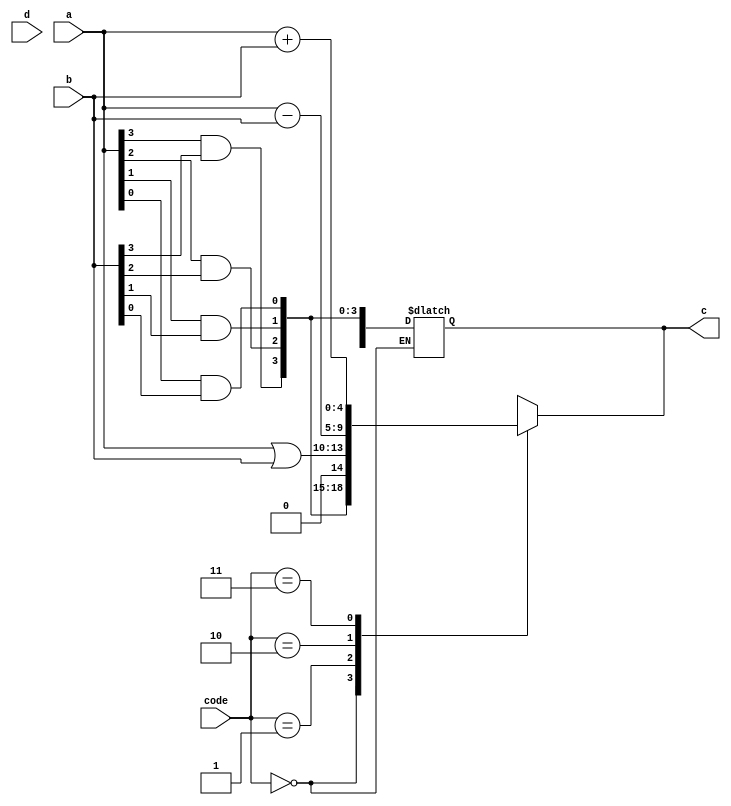
/**
	 6.2
	26,29303138taskmutil driver
*/

module alutask(code,a,b,c,d);
input[1:0] code;
input[3:0] a,b;
input d;
output[4:0] c;
reg[4:0] c;

task my_and; //
input[3:0] a,b; //a,b,out  task 
output[4:0] out;
integer i;
begin
	for(i=3;i>=0;i=i-1)
		out[i]=a[i]&b[i]; //
	end
endtask

always@(code or a or b)
	begin
	case(code)
		2'b00: my_and(a,b,c);
 		/*  my_and a,b,c
			 a,b,out */
		2'b01: c=a|b; //
		2'b10: c=a-b; //
		2'b11: c=a+b; //
	endcase
	end

always@(d)
	begin
		if (code == 2'b00) begin
			my_and(b,a,c);
		end
	end
endmodule